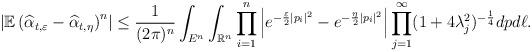
LaTeX: \begin{align*}\left|\mathbb{E}\left(\widehat{\alpha}_{t,\varepsilon}-\widehat{\alpha}_{t,\eta}\right)^n\right|&\leq\frac{1}{(2\pi)^n}\int_{E^{n}}\int_{\mathbb{R}^n}\prod_{i=1}^n\left|e^{-\frac{\varepsilon}2|p_i|^2}-e^{-\frac{\eta}2|p_i|^2}\right|\prod_{j=1}^\infty(1+4\lambda_{j}^2)^{-\frac14}dpd\ell.\end{align*}